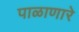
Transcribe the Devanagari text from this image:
पाळाणारे